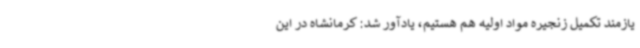
یازمند تکمیل زنجیره مواد اولیه هم هستیم، یادآور شد: کرمانشاه در این